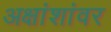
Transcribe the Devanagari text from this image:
अक्षांशांवर